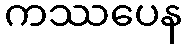
ကဿပေန